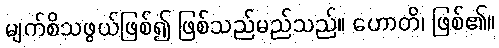
မျက်စိသဖွယ်ဖြစ်၍ ဖြစ်သည်မည်သည်။ ဟောတိ၊ ဖြစ်၏။